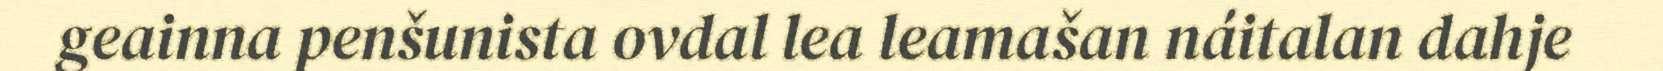
geainna penšunista ovdal lea leamašan náitalan dahje